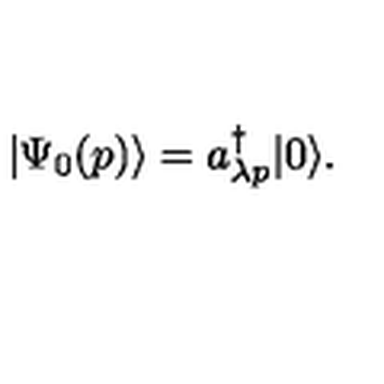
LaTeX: | \Psi _ { 0 } ( p ) \rangle = a _ { \lambda p } ^ { \dagger } | 0 \rangle .